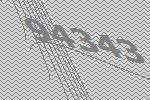
94343